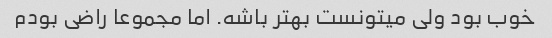
خوب بود ولی میتونست بهتر باشه. اما مجموعا راضی بودم